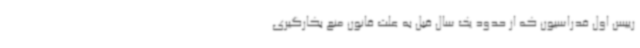
رییس اول فدراسیون که از حدود یک سال قبل به علت قانون منع بکارگیری